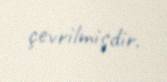
çevrilmişdir.